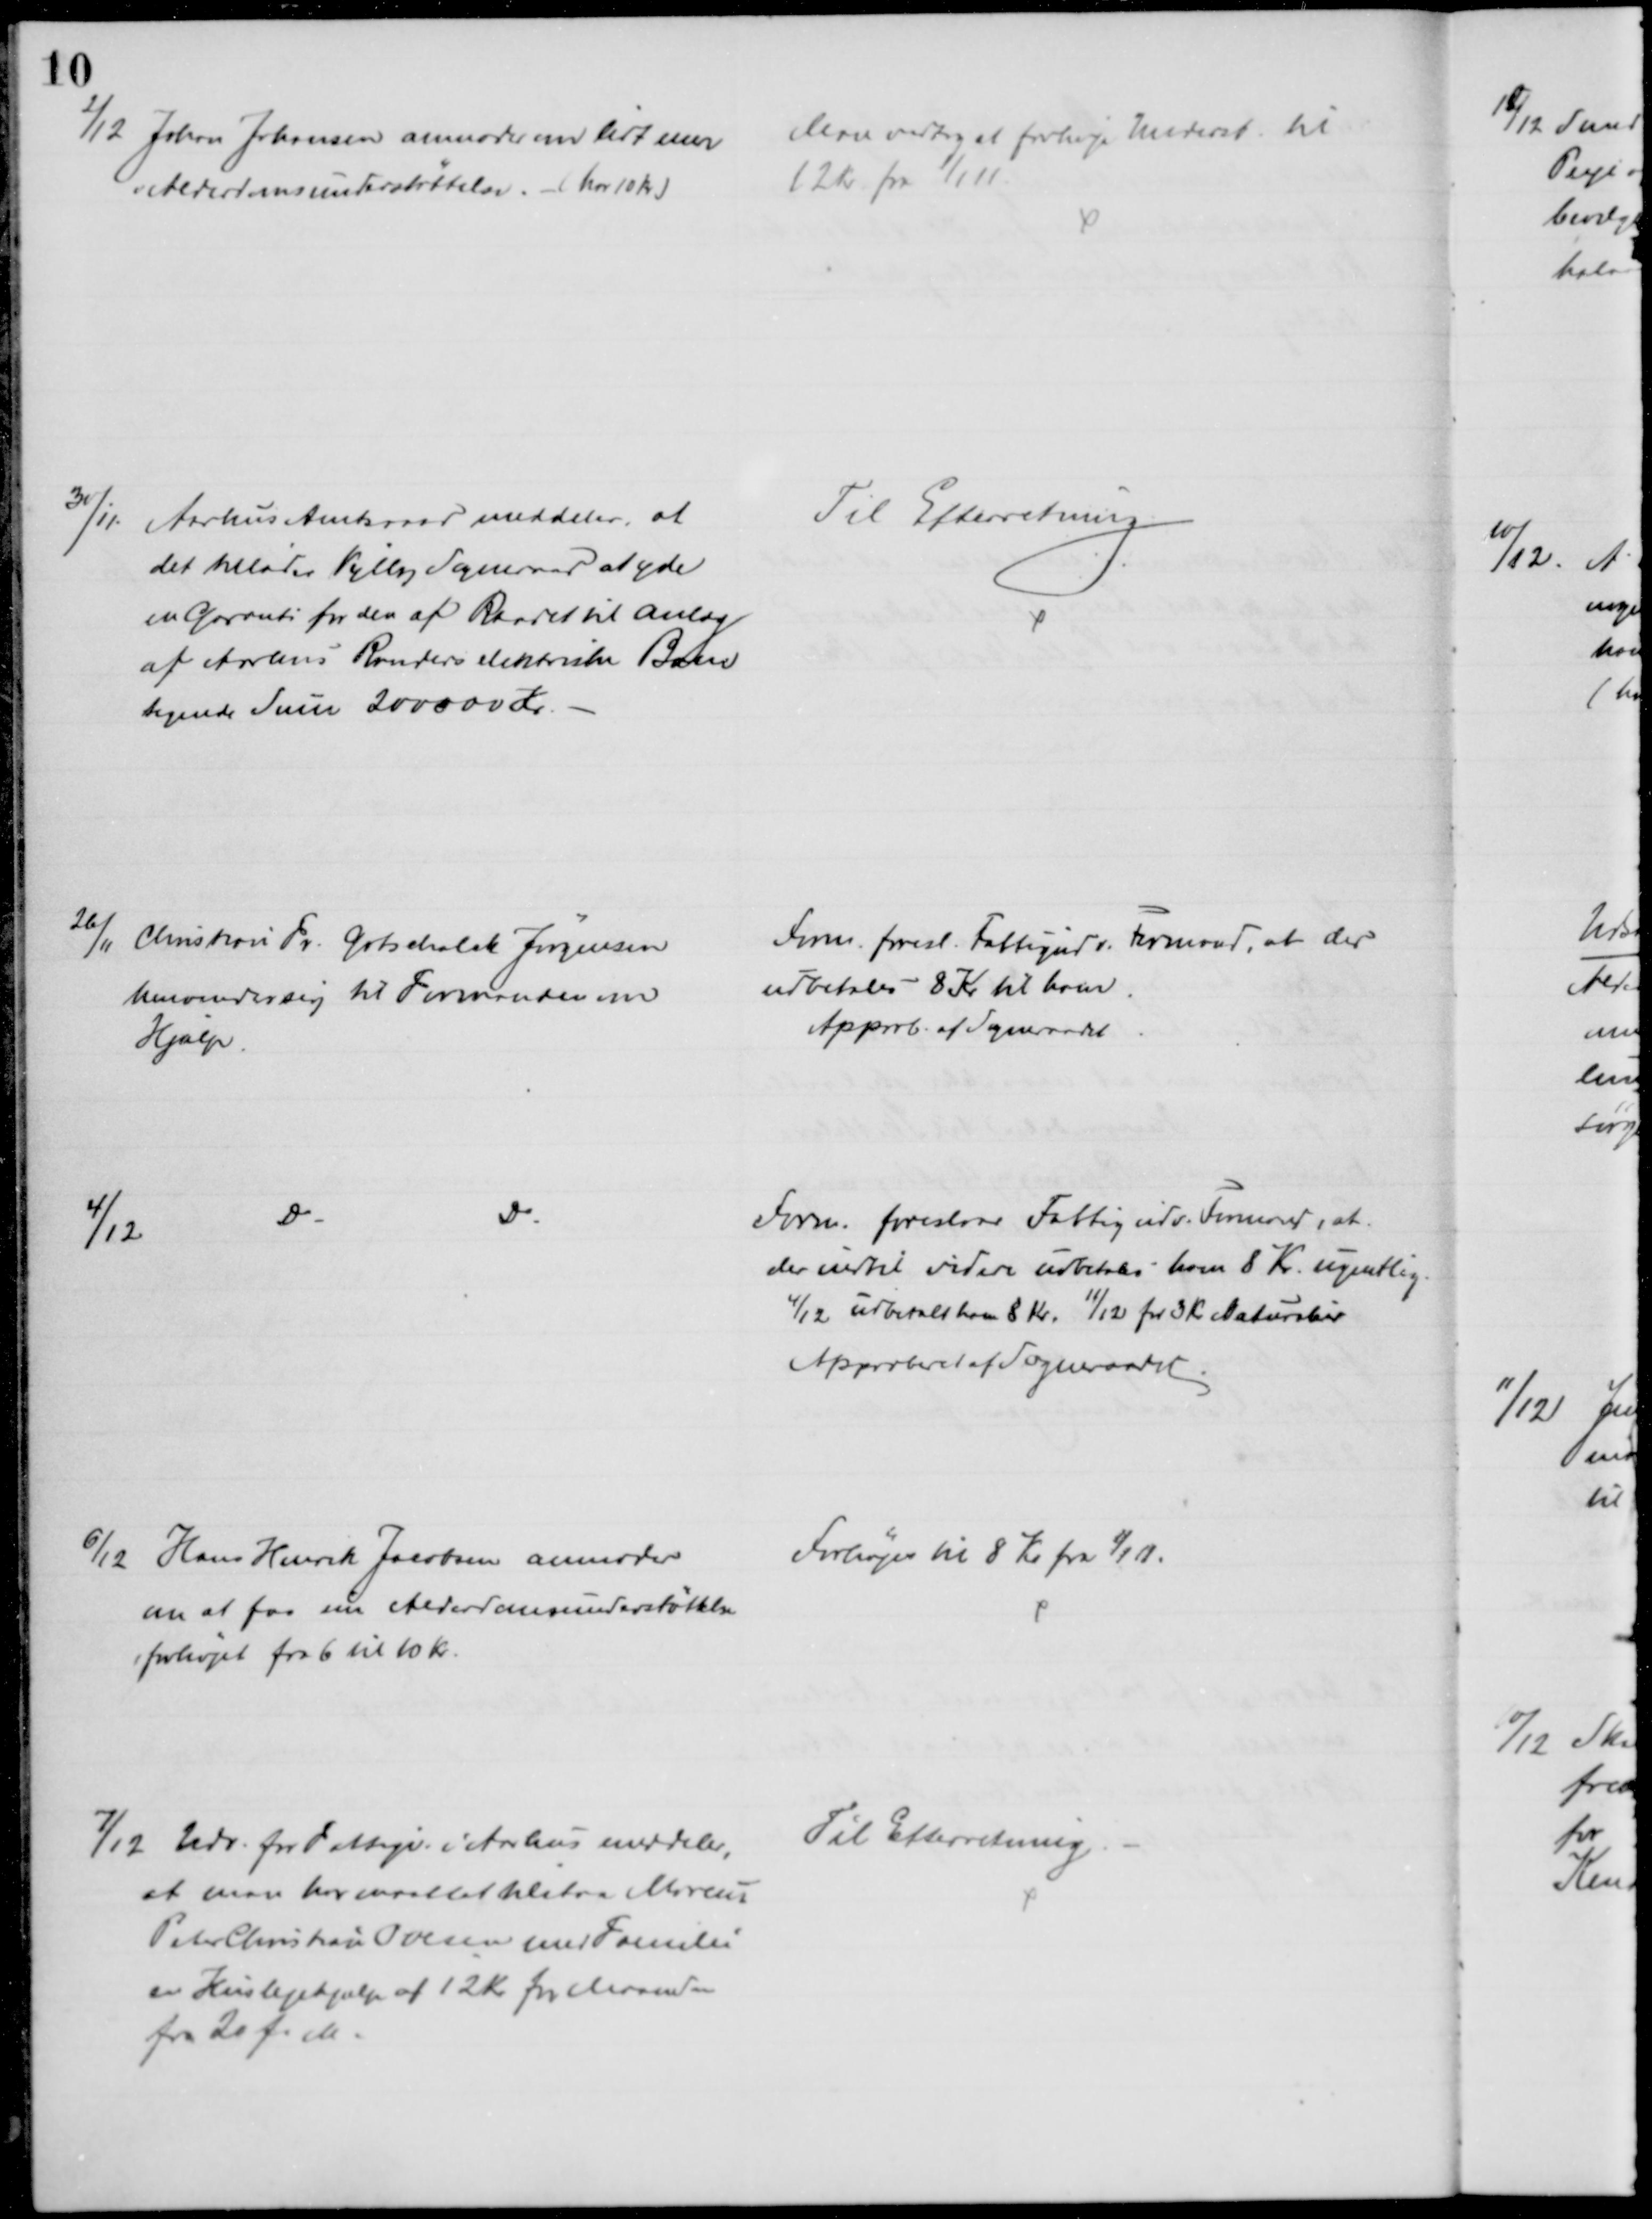
Transskription:
2/12 Johan Johansen anmoder om lidt mer
i Alderdomsunderstøttelse. - (har 10 Kr)
Man vedtog at forhøje Underst til
12 Kr. fra 1/1 11.
30/11.
Aarhus Amtsraad meddeler, at
det tillader Vejlby Sogneraad at yde
en Garanti for den af Raadet til anlæg
af Aarhus Randers elektriske Bane
tegnede Sum 200000 Kr.
Til Efterretning
26/11 Christian Fr. Gotschalck Jørgensen
henvender sig til Formanden om
Hjælp.
Form foresl. Fattigudv. Formand, at der
udbetales 8 Kr til ham.
Approb. af Sogneraadet
4/12
Do
Do
Form foreslaar Fattigudv. Formand, at
der indtil videre udbetales ham 8 Kr. ugentlig.
4/12 udbetalt ham 8 Kr. 11/12 for 3 Kr. Naturalier
Approberet af Sogneraadet
6/12 Hans Henrik Jacobsen anmoder
om at faa sin Alderdomsunderstøttelse
forhøjet fra 6 til 10 Kr.
Forhøjes til 8 Kr. fra 1/1 11.
7/12 Udv. for Fattige i Aarhus meddeler,
at man har maattet tilstaa Marcus
Peter Christian Ovesen med Familie
en Huslejehjælp af 12 Kr for Maaneden
fra 20 f. M.
Til Efterretning